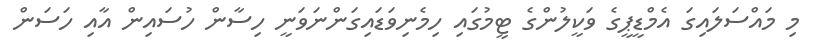
މި މައްސަލައިގަ އެމްޑީޕީގެ ވަކީލުންގެ ޓީމުގައި ހިމެނިވަޑައިގަންނަވަނީ ހިސާން ހުސައިން އާއި ހަސަން